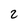
Character: 2